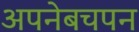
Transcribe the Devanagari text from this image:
अपनेबचपन